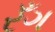
રઁગ